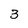
Character: 3